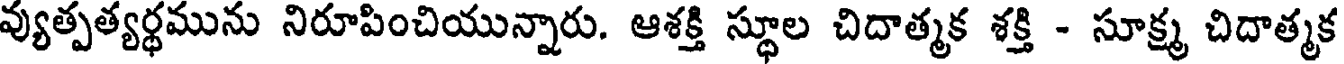
వ్యుత్పత్యర్థమును నిరూపించియున్నారు. ఆశక్తి స్థూల చిదాత్మక శక్తి - సూక్ష్మ చిదాత్మక